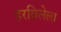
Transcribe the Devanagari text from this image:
हरविलेला